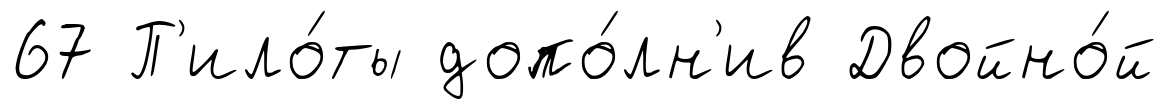
67 П'ило́ты допо́лн'ив Двойно́й